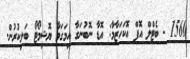
1560 - ބެޓްލް އޮފް އޮކަހަޒާމާ: އޮޑާ ނޮބުނަގާ އިމަގަވާ ޔޮޝިމޯޓޯ ބަލިކުރުން.